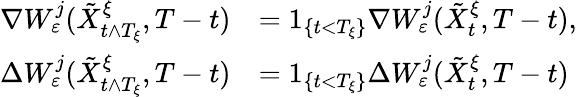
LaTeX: \begin{array}{rl}{\nabla W_{\varepsilon}^{j}(\tilde{X}_{t\wedge T_{\xi}}^{\xi},T-t)}&{=1_{\left\{ t<T_{\xi}\right\} }\nabla W_{\varepsilon}^{j}(\tilde{X}_{t}^{\xi},T-t),}\\ {\Delta W_{\varepsilon}^{j}(\tilde{X}_{t\wedge T_{\xi}}^{\xi},T-t)}&{=1_{\left\{ t<T_{\xi}\right\} }\Delta W_{\varepsilon}^{j}(\tilde{X}_{t}^{\xi},T-t)}\end{array}